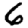
Digit: 6